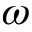
\omega